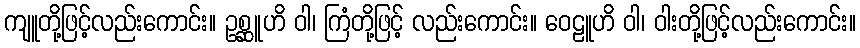
ကျူတို့ဖြင့်လည်းကောင်း။ ဥစ္ဆူဟိ ဝါ၊ ကြံတို့ဖြင့် လည်းကောင်း။ ဝေဠူဟိ ဝါ၊ ဝါးတို့ဖြင့်လည်းကောင်း။